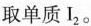
取单质I_{2}。